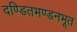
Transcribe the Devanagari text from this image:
दण्डितभण्डनभूत